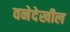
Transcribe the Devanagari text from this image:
वनेदेखील